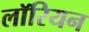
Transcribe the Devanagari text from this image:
लॉरियन